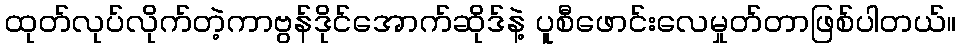
ထုတ်လုပ်လိုက်တဲ့ကာဗွန်ဒိုင်အောက်ဆိုဒ်နဲ့ ပူစီဖောင်းလေမှုတ်တာဖြစ်ပါတယ်။